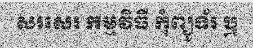
សរសេរ កម្មវិធី កុំព្យូទ័រ ឬ